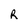
Character: R